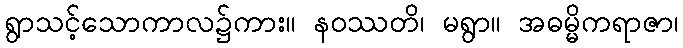
ရွာသင့်သောကာလ၌ကား။ နဝဿတိ၊ မရွာ။ အဓမ္မိကရာဇာ၊